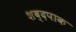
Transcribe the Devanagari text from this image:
शब्दपाक